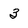
Character: 3